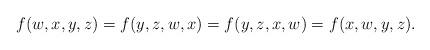
LaTeX: \begin{align*}f(w,x,y,z)=f(y,z,w,x)=f(y,z,x,w)=f(x,w,y,z).\end{align*}